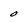
Character: 0